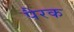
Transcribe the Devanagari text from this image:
पैरक